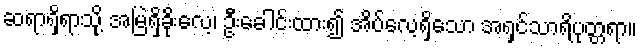
ဆရာရှိရာသို့ အမြဲရှိခိုးလေ့၊ ဦးခေါင်းထား၍ အိပ်လေ့ရှိသော အရှင်သာရိပုတ္တရာ။